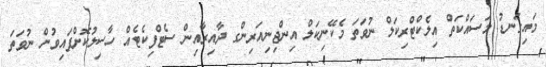
މައިގަނޑު މަސައްކަތް އިލެކްޓްރިކަލް ނުވަތަ މެކޭނިކަލް އިންޖިނިއަރިންގ ދާއިރާއިން ސެޓްފިކެޓެއް ހާސިލުކޮށްފައިވުން ނުވަތަ